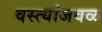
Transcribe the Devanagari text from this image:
वस्त्यांजवळ